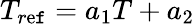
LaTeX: T_{r\mathrm{e}\mathtt{f}}=a_{1}T+a_{2}